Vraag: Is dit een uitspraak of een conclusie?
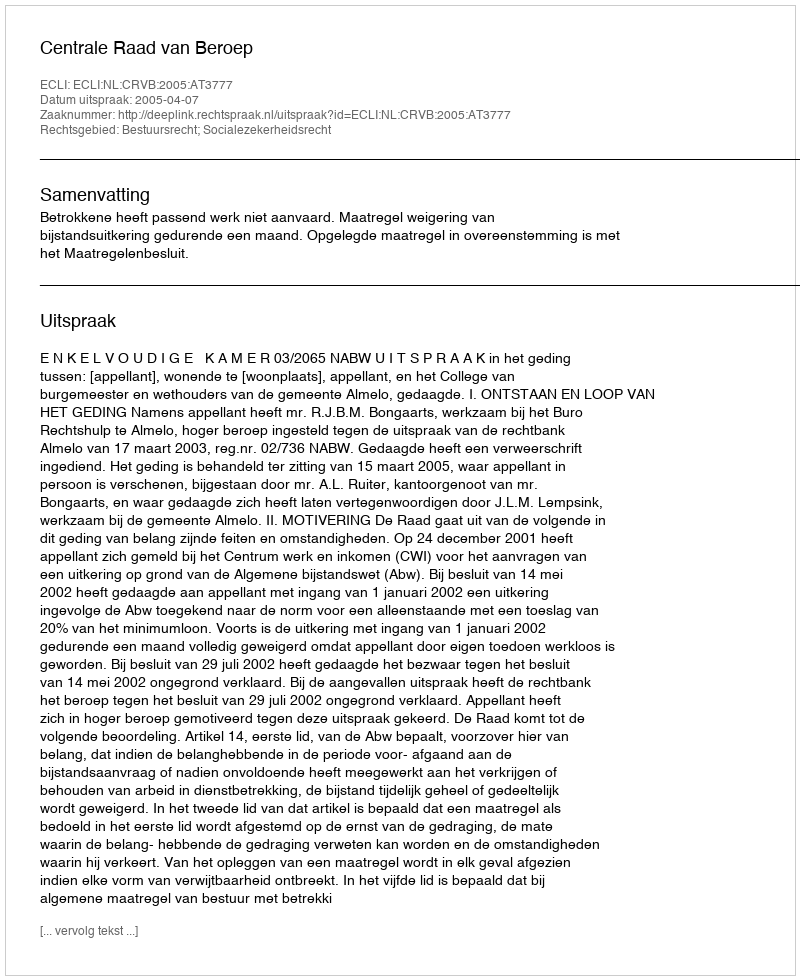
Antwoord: Uitspraak